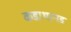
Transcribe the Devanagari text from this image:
कडाथानड